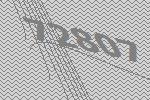
72807